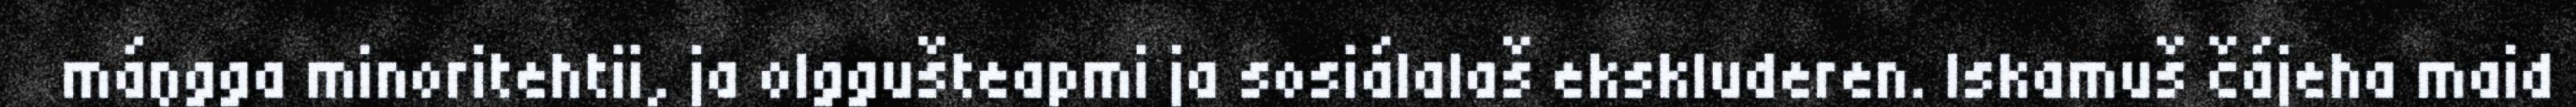
máŋgga minoritehtii, ja olggušteapmi ja sosiálalaš ekskluderen. Iskamuš čájeha maid